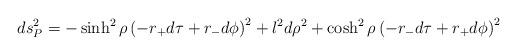
LaTeX: \begin{align*}ds^2_P = -\sinh^2 \rho \left ( - r_+ d\tau + r_- d \phi \right ) ^2 + l^2 d \rho^2 + \cosh^2 \rho \left ( -r_- d\tau + r_+ d \phi \right )^2 \end{align*}